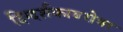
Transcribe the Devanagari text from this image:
दिग्दर्शकाबरोबर